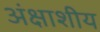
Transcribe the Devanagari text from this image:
अंक्षाशीय